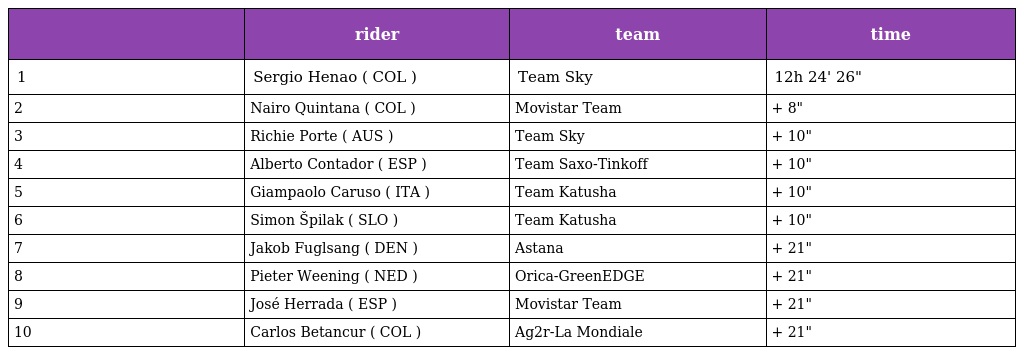
|  | rider | team | time |
 | --- | --- | --- | --- |
 | 1 | Sergio Henao ( COL ) | Team Sky | 12h 24' 26" |
 | 2 | Nairo Quintana ( COL ) | Movistar Team | + 8" |
 | 3 | Richie Porte ( AUS ) | Team Sky | + 10" |
 | 4 | Alberto Contador ( ESP ) | Team Saxo-Tinkoff | + 10" |
 | 5 | Giampaolo Caruso ( ITA ) | Team Katusha | + 10" |
 | 6 | Simon Špilak ( SLO ) | Team Katusha | + 10" |
 | 7 | Jakob Fuglsang ( DEN ) | Astana | + 21" |
 | 8 | Pieter Weening ( NED ) | Orica-GreenEDGE | + 21" |
 | 9 | José Herrada ( ESP ) | Movistar Team | + 21" |
 | 10 | Carlos Betancur ( COL ) | Ag2r-La Mondiale | + 21" |